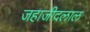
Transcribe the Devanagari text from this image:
जहाजीदलाल